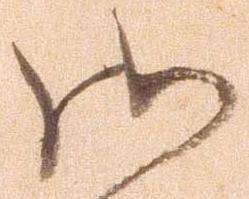
御